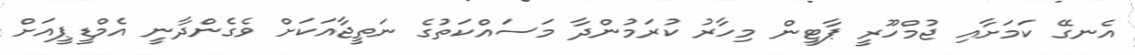
އެނގޭ ކަމަށާއި ޖުމްހޫރީ ޕާޓީން މިހާރު ކުރަމުންދާ މަސައްކަތުގެ ނަތީޖާއަކަށް ވެގެންދާނީ އެމްޑީޕީއަށް